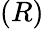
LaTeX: (R)